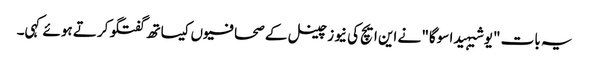
یہ بات "یوشیہیدا سوگا" نے این ایچ کی نیوز چینل کے صحافیوں کیساتھ گفتگو کرتے ہوئے کہی۔